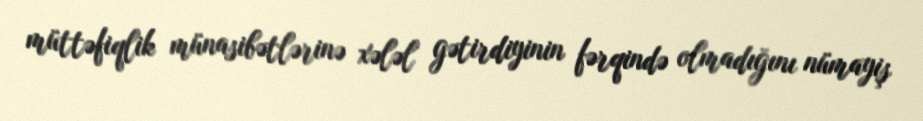
müttəfiqlik münasibətlərinə xələl gətirdiyinin fərqində olmadığını nümayiş